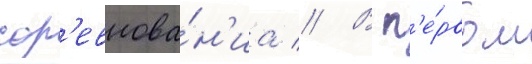
сор'евнова́н'иа // В п'е́рвом